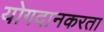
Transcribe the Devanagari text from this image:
योगदानकरता